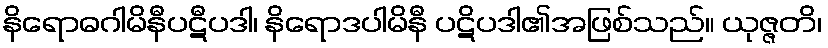
နိရောဓဂါမိနီပဋီပဒါ၊ နိရောဒပါမိနီ ပဋိပဒါ၏အဖြစ်သည်။ ယုဇ္ဇတိ၊